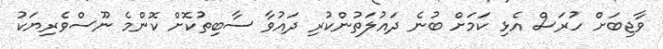
ވާޖިބަށް ހުރަސް އެޅި ކަމަށް ބުނެ ދައުލަތުންކުރި ދައުވާ ސާބިތުކޮށް ކޮންމެ ނޫސްވެރިޔަކު